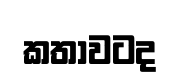
කතාවටද